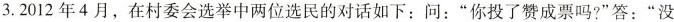
3.2012年4月，在村委会选举中两位选民的对话如下：问：”你投了赞成票吗?”答：”没